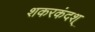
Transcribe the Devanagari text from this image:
शकरकंदश्